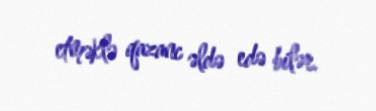
etməklə qazanc əldə edə bilər.